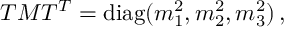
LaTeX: T M T ^ { T } = \mathrm { d i a g } ( m _ { 1 } ^ { 2 } , m _ { 2 } ^ { 2 } , m _ { 3 } ^ { 2 } ) \, ,